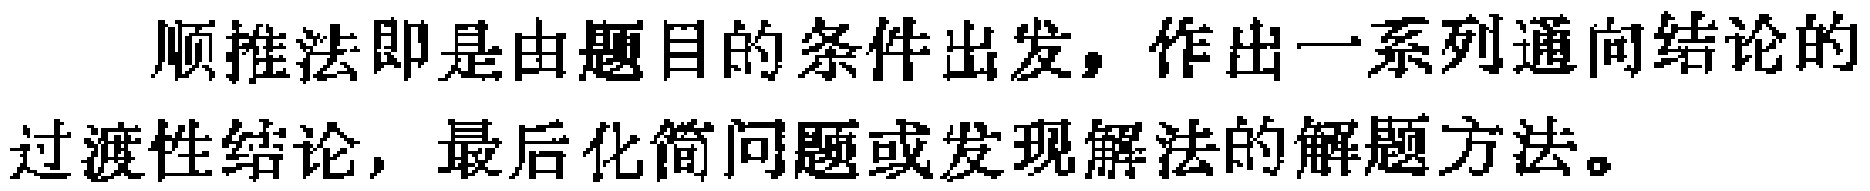
顺推法即是由题目的条件出发，作出一系列通向结论的过渡性结论，最后化简问题或发现解法的解题方法。